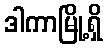
ဒါကာမြို့ရှိ